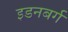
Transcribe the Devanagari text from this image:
इडनबर्ग